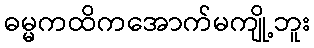
ဓမ္မကထိကအောက်မကျို့ဘူး